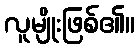
လူမျိုးဖြစ်၏။